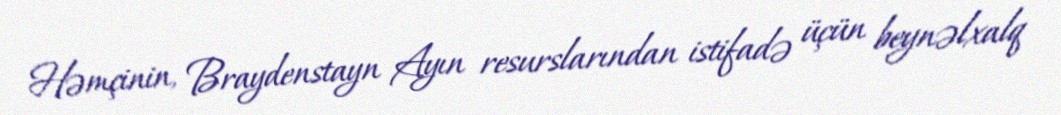
Həmçinin, Braydenstayn Ayın resurslarından istifadə üçün beynəlxalq